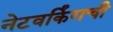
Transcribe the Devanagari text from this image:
नेटवर्किंगची